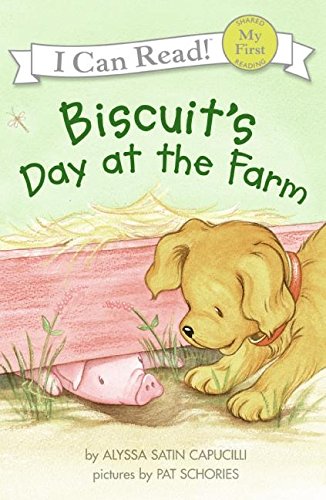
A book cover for Biscuit's Day at the Farm (My First I Can Read); Alyssa Satin Capucilli; Children's Books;